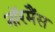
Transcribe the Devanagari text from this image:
नॉरमैंस